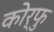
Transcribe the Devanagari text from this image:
कोर्फु